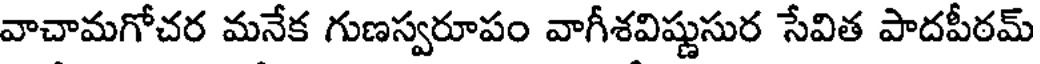
వాచామగోచర మనేక గుణస్వరూపం వాగీశవిష్ణుసుర సేవిత పాదపీఠమ్